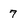
Character: 7